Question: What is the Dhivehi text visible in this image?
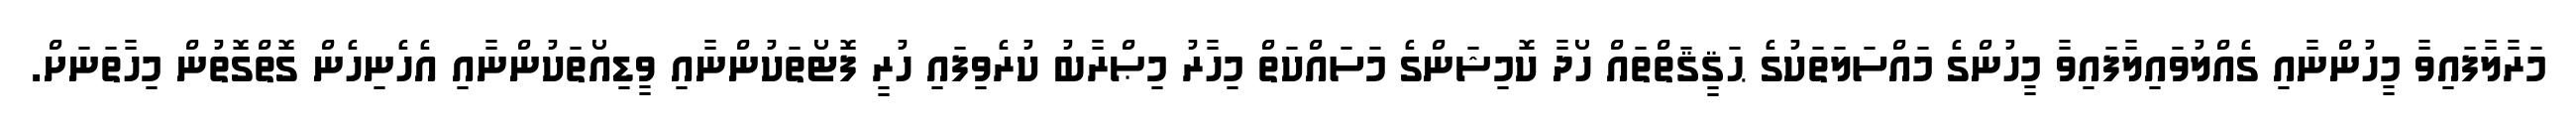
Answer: މަރާލާފައިވާ މީހުންނާއި ގެއްލުވައިލާފައިވާ މީހުންގެ މައްސަލަތަކުގެ ޙަޤީޤަތްތައް ހޯދާ ކޮމިޝަންގެ މަސައްކަތް މިހާރު މިޞްރާބު ކުރެވިފައި ހުރީ ފޮޓޯތަކުންނާއި ވީޑިއޯތަކުންނާއި އެހެނިހެން ގޮތްގޮތުން މިހާތަނަށް.